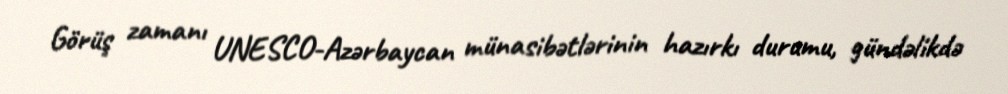
Görüş zamanı UNESCO-Azərbaycan münasibətlərinin hazırkı durumu, gündəlikdə